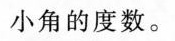
小角的度数。